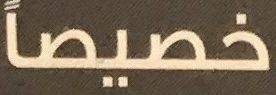
خصيصاً